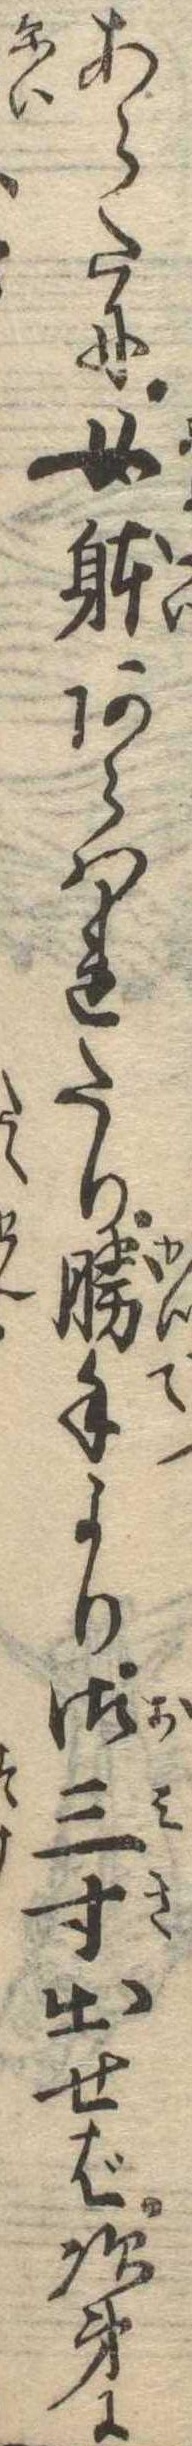
あらたに女体あらはれたり勝手より御三寸出せば次第に